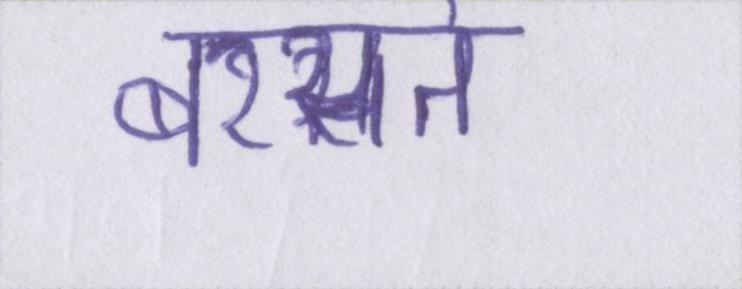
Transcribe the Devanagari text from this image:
बरसते